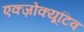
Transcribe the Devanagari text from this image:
एक्ज़ोक्यूटिव